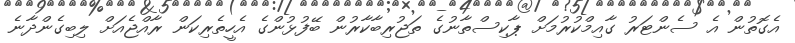
އެގޮތުން އެ ސެންޓަރު ގާއިމްކުރުމަށް ޕާކިސްތާނުގެ ތަޖުރިބާކާރުން ބޭފުޅުންގެ އެހީތެރިކަން ރާއްޖެއަށް ލިބިގެންދާނެ